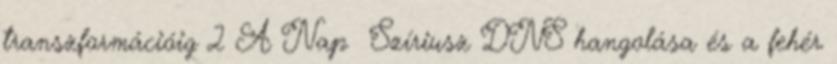
transzformációig 2 A Nap Szíriusz DNS hangolása és a fehér